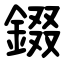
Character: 錣